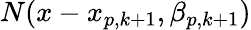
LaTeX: {N}(x-x_{p,k+1},\beta_{p,k+1})